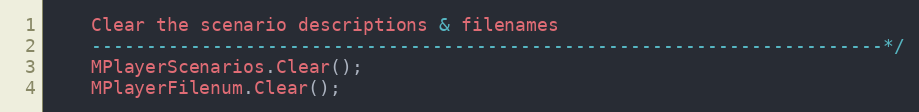
Language: C++
	Clear the scenario descriptions & filenames
	------------------------------------------------------------------------*/
	MPlayerScenarios.Clear();
	MPlayerFilenum.Clear();